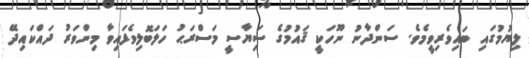
ލިޔުމުގައި ބައިވެރިވީމެވެ. ސަންދާނު ނޫހަކީ ޤައުމުގެ ސަިޔާސީ މަސްރަޙު ހަލަބޮލިވެފައިވާ މިންވަރު ދައްކައިދޭ